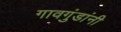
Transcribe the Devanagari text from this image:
गावगुंडांनी